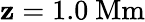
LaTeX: \mathbf{z}=1.0\ \mathrm{{Mm}}